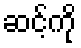
ဆင့်ကို